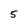
Character: 5